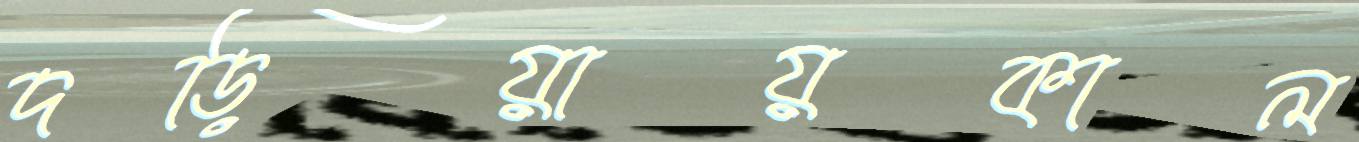
দড়িয়ায়কাল